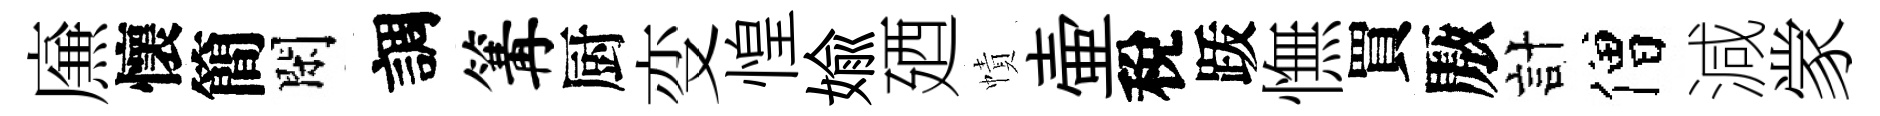
㢘懷簡閑調篝厨变惶媮廼幘壷稅䟦憮買厫計僧減䝉